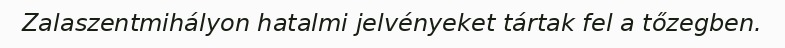
Zalaszentmihályon hatalmi jelvényeket tártak fel a tőzegben.